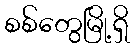
စစ်တွေမြို့ရှိ